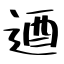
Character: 逎